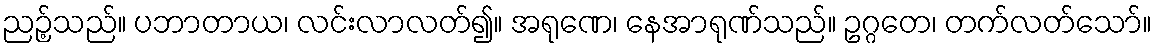
ညဉ့်သည်။ ပဘာတာယ၊ လင်းလာလတ်၍။ အရုဏေ၊ နေအာရုဏ်သည်။ ဥဂ္ဂတေ၊ တက်လတ်သော်။